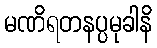
မဏိရတနပ္ပမုခါနိ